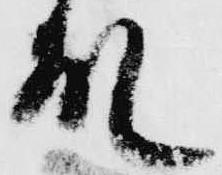
殿